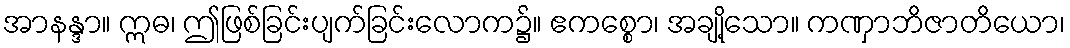
အာနန္ဒာ။ ဣဓ၊ ဤဖြစ်ခြင်းပျက်ခြင်းလောက၌။ ဧကစ္စော၊ အချို့သော။ ကဏှာဘိဇာတိယော၊